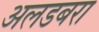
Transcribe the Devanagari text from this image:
अलडबरा